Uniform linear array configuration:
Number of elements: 48
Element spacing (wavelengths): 0.75
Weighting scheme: uniform
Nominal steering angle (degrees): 0
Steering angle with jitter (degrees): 0.6745
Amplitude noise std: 0.05
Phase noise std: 0.05

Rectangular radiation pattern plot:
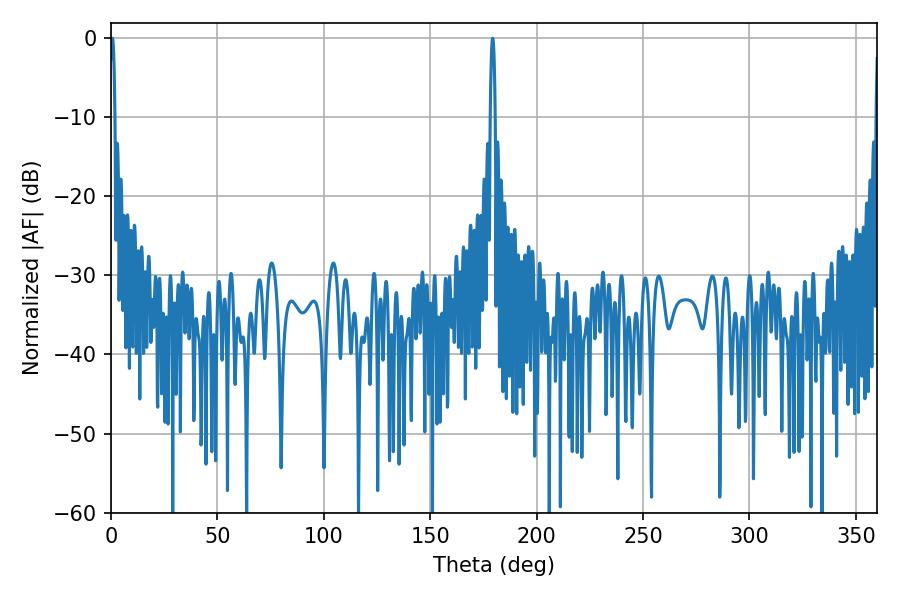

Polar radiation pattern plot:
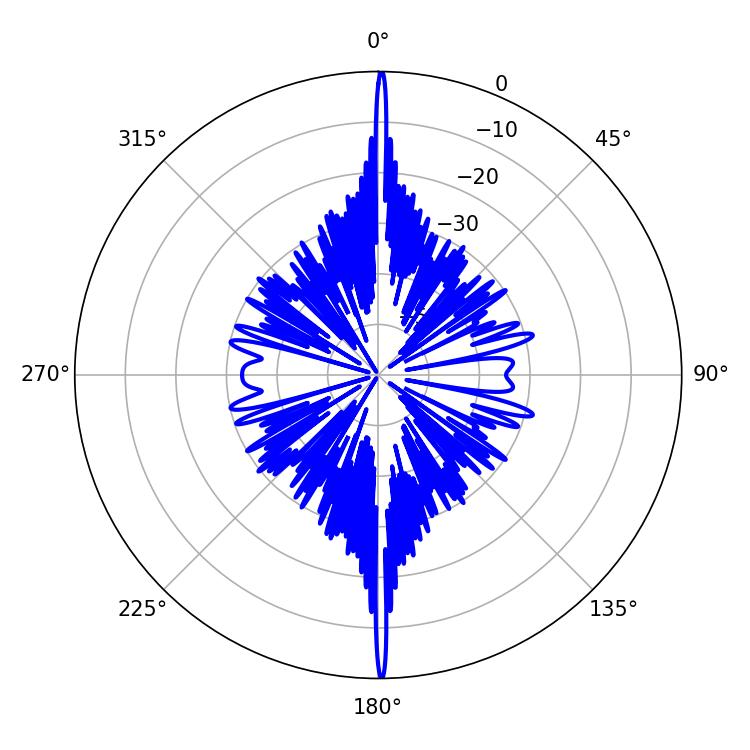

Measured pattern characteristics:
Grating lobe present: TRUE
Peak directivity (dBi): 35.046
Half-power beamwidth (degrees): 1.26
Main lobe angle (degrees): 179.28